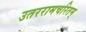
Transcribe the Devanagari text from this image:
उतररामचरितम्‌